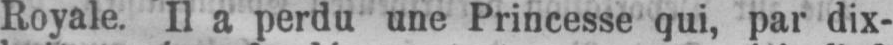
Royale. Il a perdu une Princesse qui, par dix-